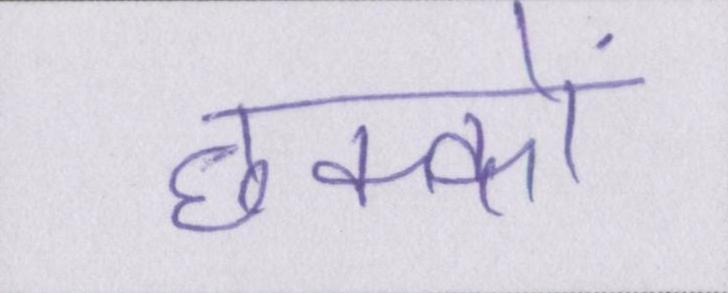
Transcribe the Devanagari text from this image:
छक्कों